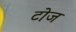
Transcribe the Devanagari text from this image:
टोज